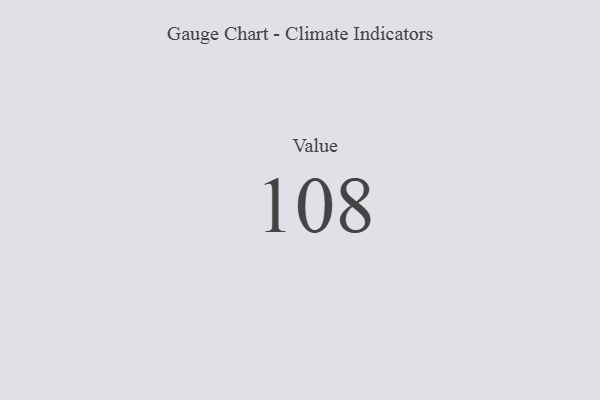
{"axis": {"x": "Metric", "y": "Value"}, "legend": [""], "data": [{"x": "Value", "y": 108, "type": ""}]}